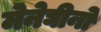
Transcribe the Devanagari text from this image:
मेनेघीनो